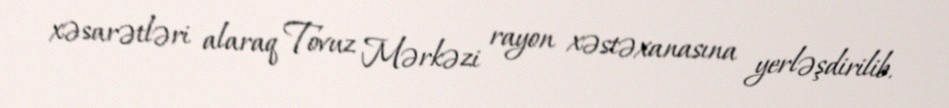
xəsarətləri alaraq Tovuz Mərkəzi rayon xəstəxanasına yerləşdirilib.